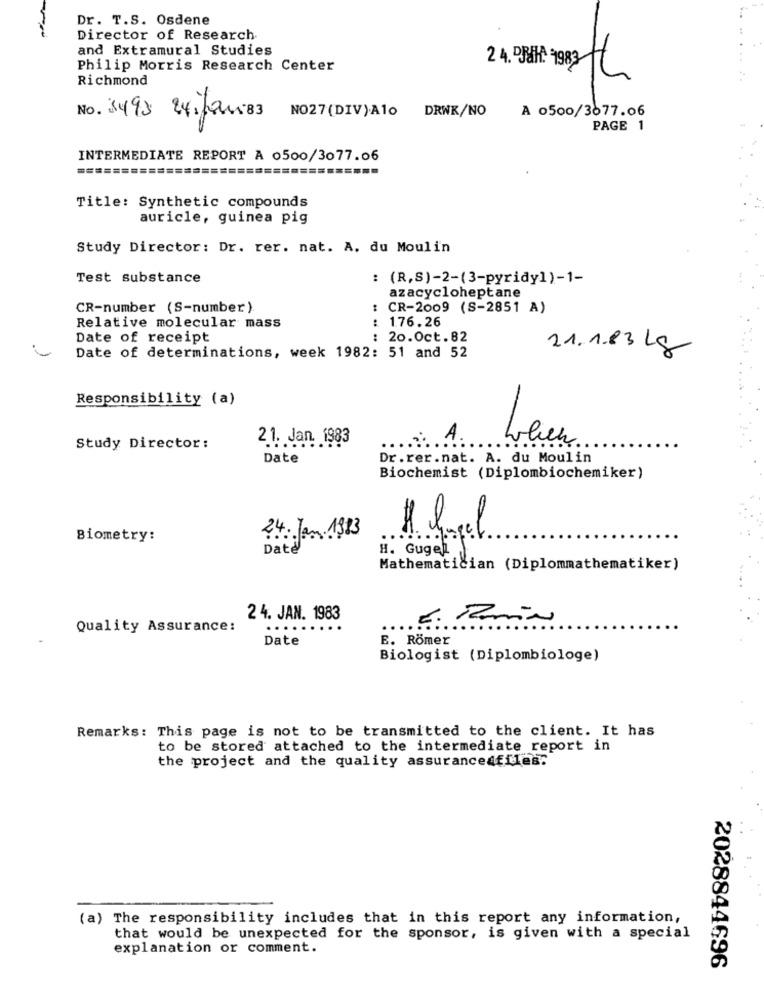
Dr. T.S. Osdene
Director of Research.
and Extramural Studies
Philip Morris Research Center
Richmond
24. Bat: 1982 6
A 0500/3077.06
No. 3493 24, four 83
NO27(DIV)Alo DRWK/NO
PAGE 1
INTERMEDIATE REPORT A 0500/3077.06
Title: Synthetic compounds
auricle, guinea pig
Study Director: Dr. rer. nat. A. du Moulin
Test substance
: (R,S)-2-(3-pyridy1)-1-
azacycloheptane
CR-number (S-number )
CR-2009 (S-2851 A)
: 176.26
Relative molecular mass
Date of receipt
: 20.0ct.82
21.1.83 kg
Date of determinations, week 1982: 51 and 52
Responsibility (a)
21. Jan. 1983
........
When
Study Director:
Date
Dr.rer.nat. A. du Moulin
Biochemist (Diplombiochemiker)
24. Jan.1983
Biometry:
!..
Date
H. Gugel
Mathematician (Diplommathematiker)
2 4. JAN. 1983
Quality Assurance:
.....
Date
E. Römer
Biologist (Diplombiologe)
Remarks: This page is not to be transmitted to the client. It has
to be stored attached to the intermediate report in
the project and the quality assuranceafiles.
(a) The responsibility includes that in this report any information,
that would be unexpected for the sponsor, is given with a special
explanation or comment.
2028844696